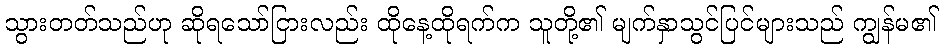
သွားတတ်သည်ဟု ဆိုရသော်ငြားလည်း ထိုနေ့ထိုရက်က သူတို့၏ မျက်နှာသွင်ပြင်များသည် ကျွန်မ၏